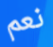
نعم